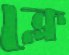
ক্লে